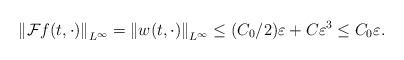
LaTeX: \begin{align*}{\| \mathcal{F}f(t,\cdot) \|}_{L^\infty} = {\| w(t,\cdot) \|}_{L^\infty} \leq (C_0/2) \varepsilon + C\varepsilon^3 \leq C_0\varepsilon.\end{align*}